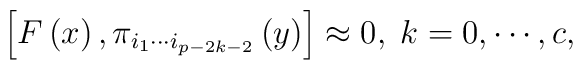
\left[ F\left( x\right) ,\pi _{i_1\cdots i_{p-2k-2}}\left(y\right) \right] \approx 0,\;k=0,\cdots ,c,